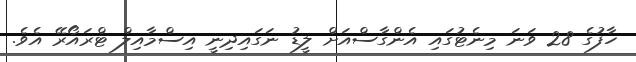
ހާފުގެ 28 ވަނަ މިނެޓުގައި އެންގާސްއަށް ލީޑު ނަގައިދިނީ އިސްމާއިލް ޓްރައޯރޭ އެވެ.